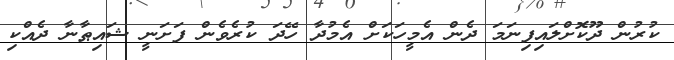
ކުރުން ދޫކޮށްލައިފިނަމަ ދެން އެމީހަކަށް އެމުދާ ހޭދަ ކުރެވެން ފަށަނީ ޝައިޠާނާ ދެއްކި